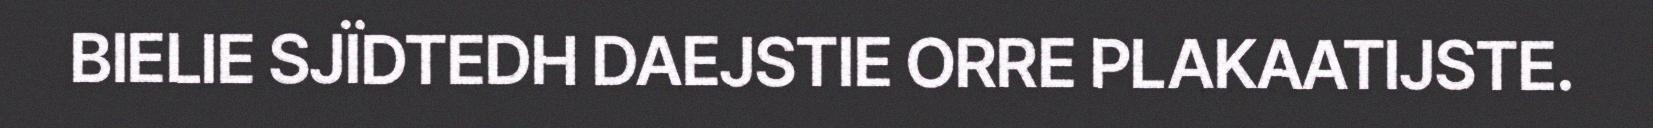
BIELIE SJÏDTEDH DAEJSTIE ORRE PLAKAATIJSTE.